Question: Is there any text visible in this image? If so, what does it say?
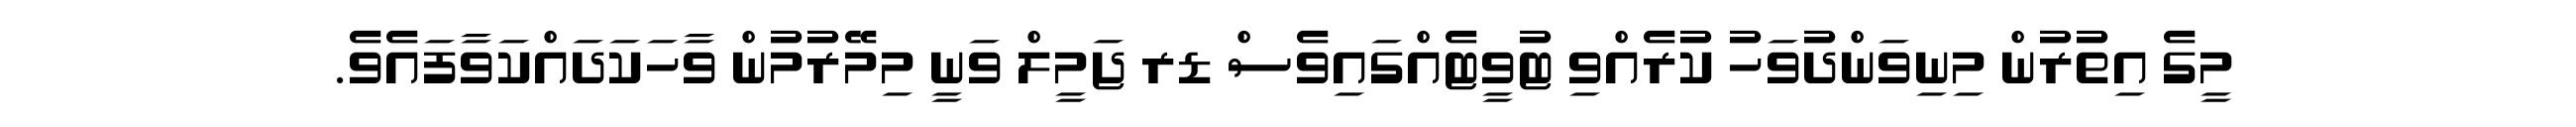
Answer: މީގެ އިތުރުން މިނިވަންދުވަހު ކުރެއްވި ޓުވީޓެއްގައިވެސް ޑރ ޖަމީލް ވަނީ މިމޭރުމުން ވާހަކަދައްކަވާފައެވެ.